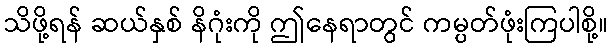
သိဖို့ရန် ဆယ်နှစ် နိဂုံးကို ဤနေရာတွင် ကမ္ပတ်ဖုံးကြပါစို့။